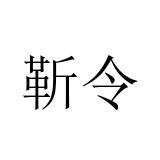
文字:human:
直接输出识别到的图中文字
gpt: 靳令